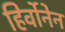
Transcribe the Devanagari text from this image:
हिर्वोनेन